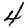
Digit: 4